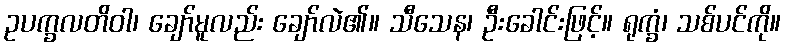
ဥပက္ခလတိဝါ၊ ချော်မူလည်း ချော်လဲ၏။ သီသေန၊ ဦးခေါင်းဖြင့်။ ရုက္ခံ၊ သစ်ပင်ကို။